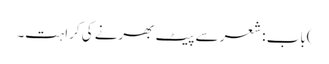
)باب : شعر سے پیٹ بھرنے کی کراہت۔